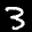
Label: 3